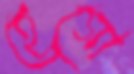
হেগো